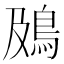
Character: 䲯